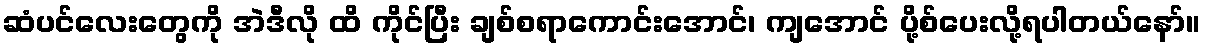
ဆံပင်လေးတွေကို အဲဒီလို ထိ ကိုင်ပြီး ချစ်စရာကောင်းအောင်၊ ကျအောင် ပို့စ်ပေးလို့ရပါတယ်နော်။